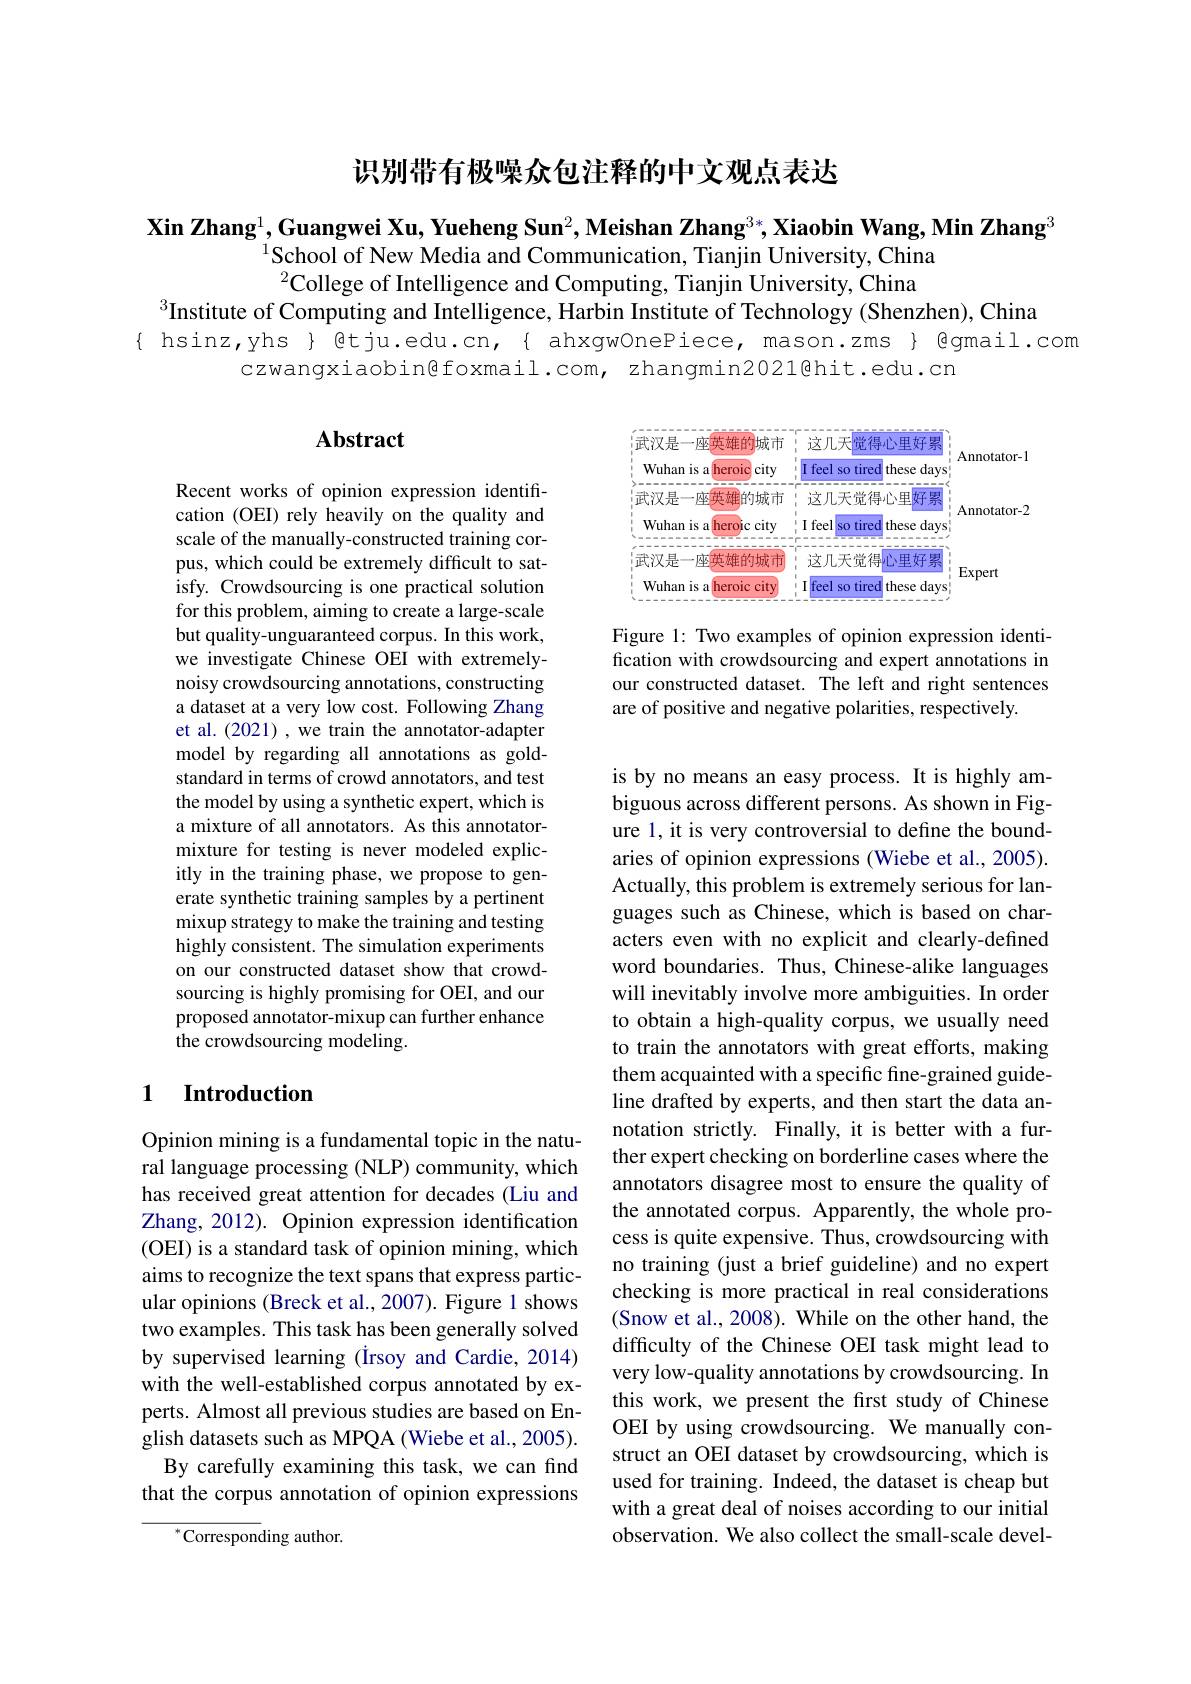
识别带有极噪众包注释的中文观点表达

$\textbf{Xin Zhang}^1,\textbf{Guangwei Xu, Yueheng Sun}^2,\textbf{Meishan Zhang}^{3*},\textbf{Xiaobin Wang, Min Zhang}^3$
$^{1}\bar{\text{School of New Media and Communication, Tianjin University, China}}$ $^2$College of Intelligence and Computing, Tianjin University, China
$^{3}$Institute of Computing and Intelligence, Harbin Institute of Technology (Shenzhen), China

{ hsinz,yhs } @tju.edu.cn,{ ahxgwOnePiece, mason.zms } @gmail.com
czwangxiaobin@foxmail.com, zhangmin2021@hit.edu.cn

# Abstract

<FigureHere>

Figure 1: Two examples of opinion expression identification with crowdsourcing and expert annotations in our constructed dataset. The left and right sentences are of positive and negative polarities, respectively.

Recent works of opinion expression identification (OEI) rely heavily on the quality and scale of the manually-constructed training corpus, which could be extremely difficult to satisfy. Crowdsourcing is one practical solution for this problem, aiming to create a large-scale but quality-unguaranteed corpus. In this work, we investigate Chinese OEI with extremelynoisy crowdsourcing annotations, constructing a dataset at a very low cost. Following Zhang et al.(2021) , we train the annotator-adapter model by regarding all annotations as goldstandard in terms of crowd annotators, and test the model by using a synthetic expert, which is a mixture of all annotators. As this annotatormixture for testing is never modeled explicitly in the training phase, we propose to generate synthetic training samples by a pertinent mixup strategy to make the training and testing highly consistent. The simulation experiments on our constructed dataset show that crowdsourcing is highly promising for OEI, and our proposed annotator-mixup can further enhance the crowdsourcing modeling.

### 1 $\textbf{Introduction}$

is by no means an easy process. It is highly ambiguous across different persons. As shown in Figure 1, it is very controversial to define the boundaries of opinion expressions (Wiebe et al., 2005). Actually, this problem is extremely serious for languages such as Chinese, which is based on characters even with no explicit and clearly-defined word boundaries. Thus, Chinese-alike languages will inevitably involve more ambiguities. In order to obtain a high-quality corpus, we usually need to train the annotators with great efforts, making them acquainted with a specific fine-grained guideline drafted by experts, and then start the data annotation strictly. Finally, it is better with a further expert checking on borderline cases where the annotators disagree most to ensure the quality of the annotated corpus. Apparently, the whole process is quite expensive. Thus, crowdsourcing with no training (just a brief guideline) and no expert checking is more practical in real considerations (Snow et al., 2008). While on the other hand, the difficulty of the Chinese OEI task might lead to very low-quality annotations by crowdsourcing. In this work, we present the first study of Chinese OEI by using crowdsourcing. We manually construct an OEI dataset by crowdsourcing, which is used for training. Indeed, the dataset is cheap but with a great deal of noises according to our initial observation. We also collect the small-scale devel-

Opinion mining is a fundamental topic in the natural language processing (NLP) community, which has received great attention for decades (Liu and Zhang, 2012). Opinion expression identification (OEI) is a standard task of opinion mining, which aims to recognize the text spans that express particular opinions (Breck et al., 2007). Figure 1 shows two examples. This task has been generally solved by supervised learning (Irsoy and Cardie, 2014) with the well-established corpus annotated by experts. Almost all previous studies are based on English datasets such as MPQA (Wiebe et al., 2005).
By carefully examining this task, we can find that the corpus annotation of opinion expressions

$^{*}$Corresponding author.